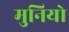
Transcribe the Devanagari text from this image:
मुनियो